Source: Handwritten
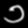
Digit: ၁ (1)